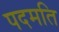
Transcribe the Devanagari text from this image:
पदमति